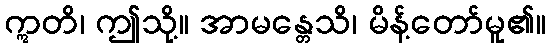
ဣတိ၊ ဤသို့။ အာမန္တေသိ၊ မိန့်တော်မူ၏။